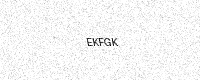
Text: EKFGK